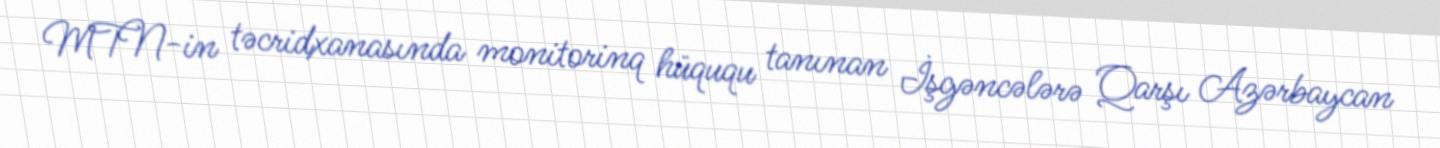
MTN-in təcridxanasında monitorinq hüququ tanınan İşgəncələrə Qarşı Azərbaycan